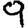
Digit: 9